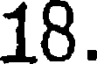
18.